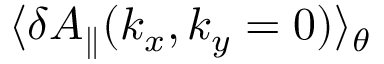
\langle \delta A _ { \parallel } ( k _ { x } , k _ { y } = 0 ) \rangle _ { \theta }